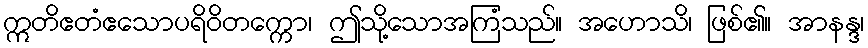
ဣတိဧတံဧသောပရိဝိတက္ကော၊ ဤသို့သောအကြံသည်။ အဟောသိ၊ ဖြစ်၏။ အာနန္ဒ၊